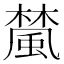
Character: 檒